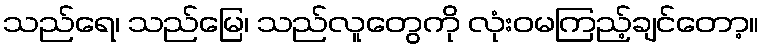
သည်ရေ၊ သည်မြေ၊ သည်လူတွေကို လုံးဝမကြည့်ချင်တော့။